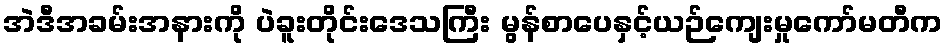
အဲဒီအခမ်းအနားကို ပဲခူးတိုင်းဒေသကြီး မွန်စာပေနှင့်ယဉ်ကျေးမှုကော်မတီက